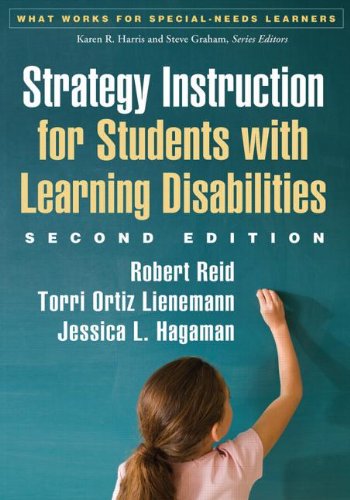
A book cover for Strategy Instruction for Students with Learning Disabilities, Second Edition (What Works for Special-Needs Learners); Robert Reid PhD; Test Preparation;